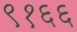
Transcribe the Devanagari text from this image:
९१६६